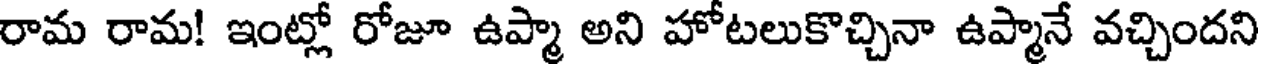
రామ రామ! ఇంట్లో రోజూ ఉప్మా అని హోటలుకొచ్చినా ఉప్మానే వచ్చిందని